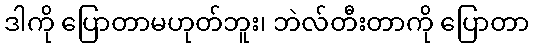
ဒါကို ပြောတာမဟုတ်ဘူး၊ ဘဲလ်တီးတာကို ပြောတာ